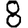
Digit: 8